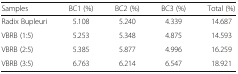
<table><thead><tr><td><b>Samples</b></td><td><b>BC1 (%)</b></td><td><b>BC2 (%)</b></td><td><b>BC3 (%)</b></td><td><b>Total (%)</b></td></tr></thead><tbody><tr><td>Radix Bupleuri</td><td>5.108</td><td>5.240</td><td>4.339</td><td>14.687</td></tr><tr><td>VBRB (1:5)</td><td>5.253</td><td>5.348</td><td>4.875</td><td>14.593</td></tr><tr><td>VBRB (2:5)</td><td>5.385</td><td>5.877</td><td>4.996</td><td>16.259</td></tr><tr><td>VBRB (3:5)</td><td>6.763</td><td>6.214</td><td>6.547</td><td>18.921</td></tr></tbody></table>